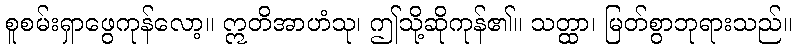
စူစမ်းရှာဖွေကုန်လော့။ ဣတိအာဟံသု၊ ဤသို့ဆိုကုန်၏။ သတ္ထာ၊ မြတ်စွာဘုရားသည်။